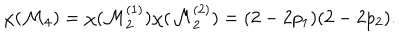
\chi ( { \cal M } _ { 4 } ) = \chi ( { \cal M } _ { 2 } ^ { ( 1 ) } ) \chi ( { \cal M } _ { 2 } ^ { ( 2 ) } ) = ( 2 - 2 p _ { 1 } ) ( 2 - 2 p _ { 2 } ) .